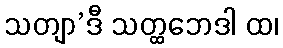
သတျာ’ဒီ သတ္ထဘေဒါ ထ၊